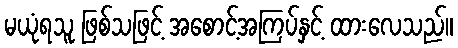
မယုံရသူ ဖြစ်သဖြင့် အစောင့်အကြပ်နှင့် ထားလေသည်။